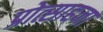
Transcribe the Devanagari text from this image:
प्रोत्साहना